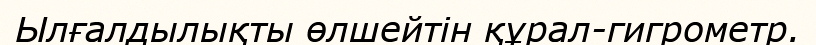
Ылғалдылықты өлшейтін құрал-гигрометр.